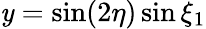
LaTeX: \mathit{y}=\sin(2\eta)\sin\xi_{1}